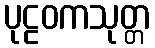
ပုဠဝကသုတ္တ